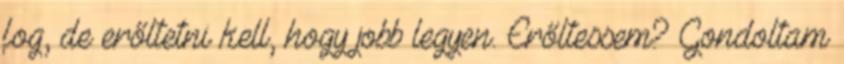
fog, de erőltetni kell, hogy jobb legyen. Erőltessem? Gondoltam